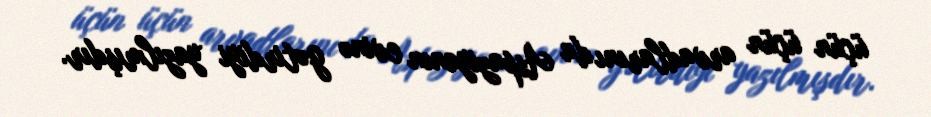
üçün üçün arvadlarını da Aspaziyanın evinə gətirdiyi yazılmışdır.